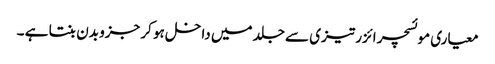
معیاری موئسچر ائزر تیزی سے جلد میں داخل ہو کر جزو بدن بنتا ہے ۔